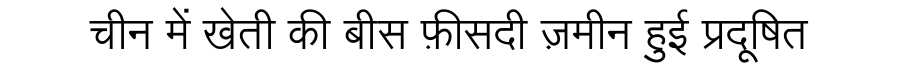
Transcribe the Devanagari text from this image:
चीन में खेती की बीस फ़ीसदी ज़मीन हुई प्रदूषित